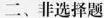
二、非选择题